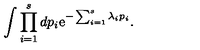
\int \prod _ { i = 1 } ^ { s } d p _ { i } \mathrm { e } ^ { - \sum _ { i = 1 } ^ { s } \lambda _ { i } p _ { i } } .